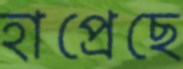
হাপ্‌রেছে